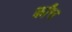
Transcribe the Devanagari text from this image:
क्रॉच